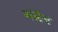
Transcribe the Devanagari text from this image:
कांस्टैन्ट